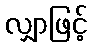
လျှာဖြင့်